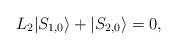
LaTeX: \begin{align*}L_2 |S_{1,0}\rangle + |S_{2,0}\rangle = 0,\end{align*}